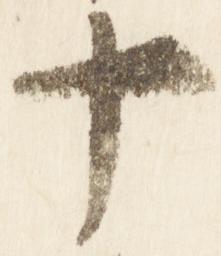
十